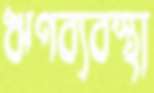
ঋণব্যবস্থা